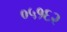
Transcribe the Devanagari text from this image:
०५१६२